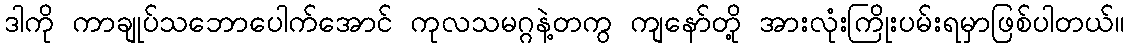
ဒါကို ကာချုပ်သဘောပေါက်အောင် ကုလသမဂ္ဂနဲ့တကွ ကျနော်တို့ အားလုံးကြိုးပမ်းရမှာဖြစ်ပါတယ်။